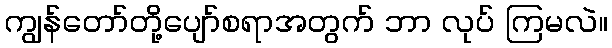
ကျွန်တော်တို့ပျော်စရာအတွက် ဘာ လုပ် ကြမလဲ။